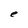
Character: e